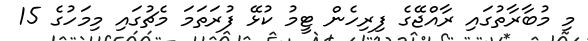
މި މުބާރާތުގައި ރާއްޖޭގެ ފިރިހެން ޓީމު ކުޅޭ ފުރަތަމަ މެޗުގައި މިމަހުގެ 15